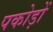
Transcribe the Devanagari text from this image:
पकोड़ों